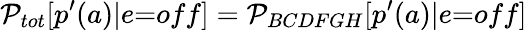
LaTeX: \mathcal{P}_{{tot}}[p^{\prime}(a)|{e}{=}{off}]=\mathcal{P}_{BCDFGH}[p^{\prime}(a)|{e}{=}{off}]